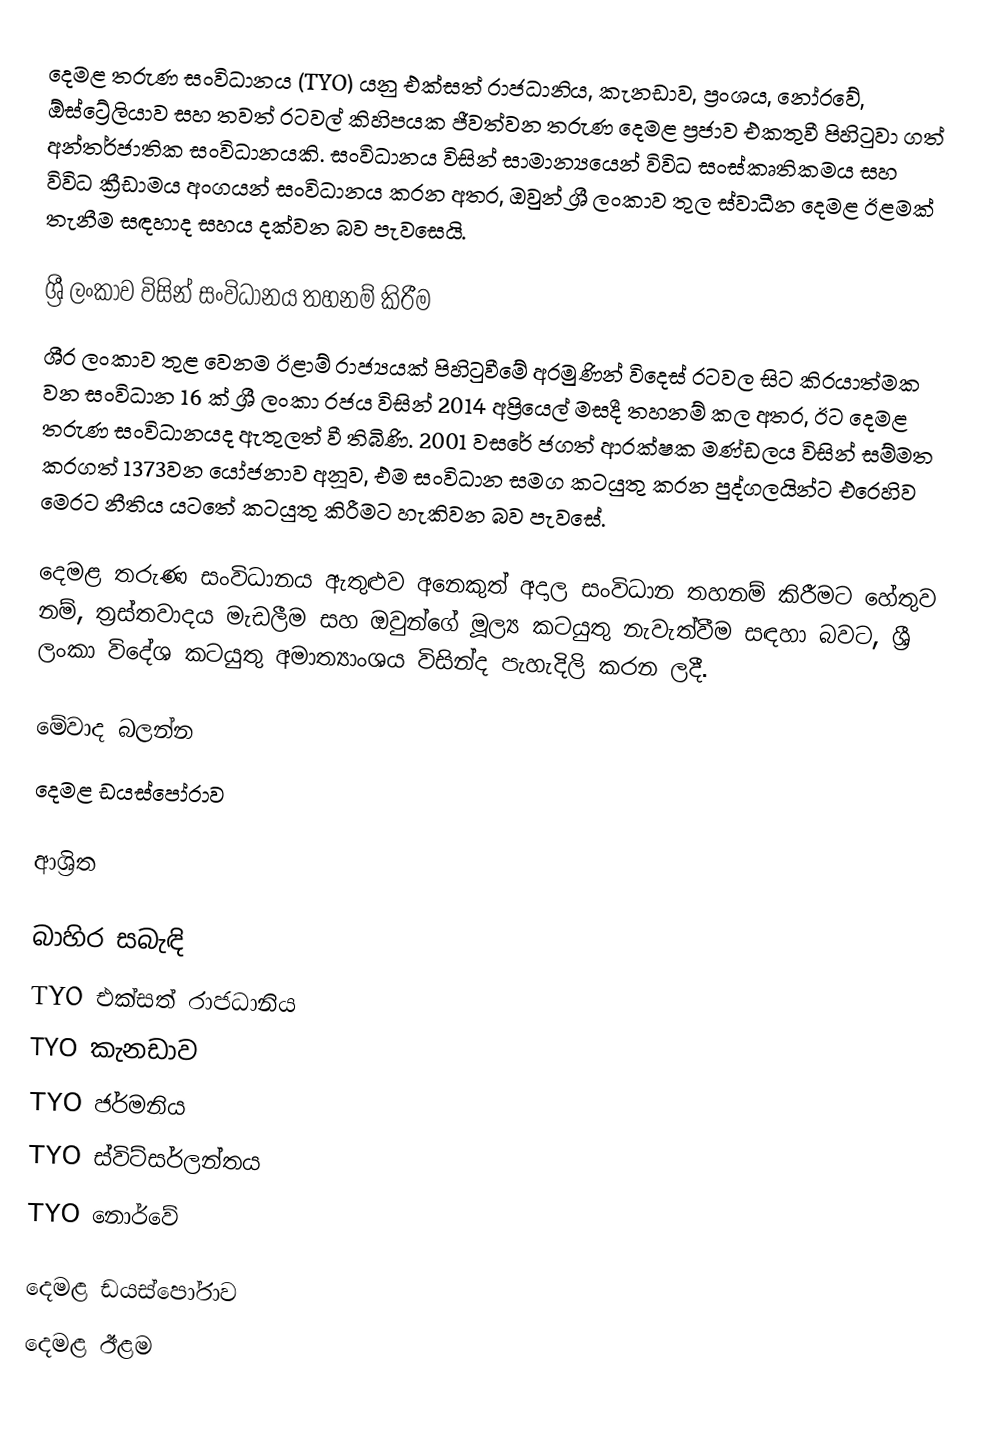
දෙමළ තරුණ සංවිධානය (TYO) යනු එක්සත් රාජධානිය, කැනඩාව, ප්‍රංශය, නෝරවේ, ඕස්ට්‍රේලියාව සහ තවත් රටවල් කිහිපයක ජීවත්වන තරුණ දෙමළ ප්‍රජාව එකතුවී පිහිටුවා ගත් අන්තර්ජාතික සංවිධානයකි. සංවිධානය විසින් සාමාන්‍යයෙන් විවිධ සංස්කෘතිකමය සහ විවිධ ක්‍රීඩාමය අංගයන් සංවිධානය කරන අතර, ඔවුන් ශ්‍රී ලංකාව තුල ස්වාධීන දෙමළ ඊළමක් තැනීම සඳහාද සහය දක්වන බව පැවසෙයි.

ශ්‍රී ලංකාව විසින් සංවිධානය තහනම් කිරීම
ශී‍්‍ර ලංකාව තුළ වෙනම ඊළාම් රාජ්‍යයක් පිහිටුවීමේ අරමුණින් විදෙස් රටවල සිට කි‍්‍රයාත්මක වන සංවිධාන 16 ක් ශ්‍රී ලංකා රජය විසින් 2014 අප්‍රියෙල් මසදී තහනම් කල අතර, ඊට දෙමළ තරුණ සංවිධානයද ඇතුලත් වී තිබිණි. 2001 වසරේ ජගත් ආරක්ෂක මණ්ඩලය විසින් සම්මත කරගත් 1373වන යෝජනාව අනූව, එම සංවිධාන සමග කටයුතු කරන පුද්ගලයින්ට එරෙහිව මෙරට නීතිය යටතේ කටයුතු කිරීමට හැකිවන බව පැවසේ.

දෙමළ තරුණ සංවිධානය ඇතුළුව අනෙකුත් අදාල සංවිධාන තහනම් කිරීමට හේතුව නම්, ත‍්‍රස්තවාදය මැඩලීම සහ ඔවුන්ගේ මූල්‍ය කටයුතු නැවැත්වීම සඳහා බවට, ශ්‍රී ලංකා විදේශ කටයුතු අමාත්‍යාංශය විසින්ද පැහැදිලි කරන ලදී.

මේවාද බලන්න
 දෙමළ ඩයස්පෝරාව

ආශ්‍රිත

බාහිර සබැඳි
TYO එක්සත් රාජධානිය
TYO කැනඩාව
TYO ජර්මනිය
TYO ස්විට්සර්ලන්තය
TYO නොර්වේ

දෙමළ ඩයස්පෝරාව
දෙමළ ඊළම